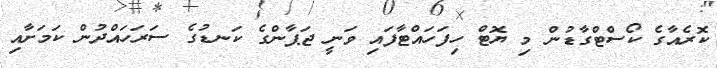
ކޮރެއާގެ ކޯސްޓްގާޑުން މި ޔޮޓް ހިފަހައްޓާފައި ވަނީ ޖަޕާންގެ ކަނޑުގެ ސަރަހައްދުން ކަމަށާއި